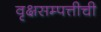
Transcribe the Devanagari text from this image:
वृक्षसम्पत्तीची